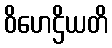
ဝိဟေဌိယတိ